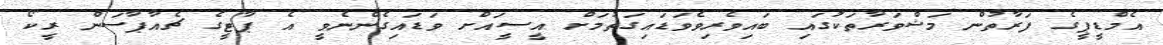
އެމްޑީޕީގެ ފަރާތުން މަޝްވަރާތަކުގައި ބައިވެރިވެވަޑައިގަތުމަށް އީސީއަށް ވަޑައިގެންނެވީ އެ ޕާޓީގެ ޗެއާޕާސަން ރީކޯ